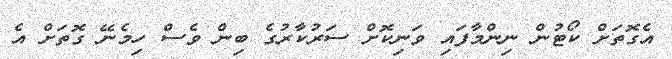
އެގޮތަށް ކޯޓުން ނިންމާފައި ވަނިކޮށް ސަރުކާރުގެ ބިން ވެސް ހިމެނޭ ގޮތަށް އެ